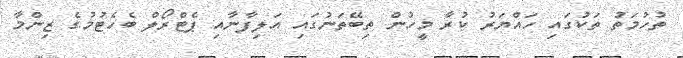
ތުހުމަތު ތަކުގައި ހައްޔަރު ކުރާ މީހުން ތިބޭތަނުގައި އަލިފާނާއި ޕެޓްރޯލް ބެހެޓުމުގެ ޒިންމާ